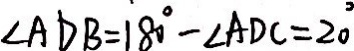
\angle A D B = 1 8 0 ^ { \circ } - \angle A D C = 2 0 ^ { \circ }